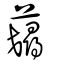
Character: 𧂇